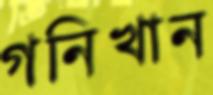
গনিখান